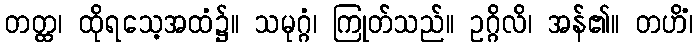
တတ္ထ၊ ထိုရသေ့အထံ၌။ သမုဂ္ဂံ၊ ကြုတ်သည်။ ဥဂ္ဂိလိ၊ အန်၏။ တဟိံ၊